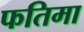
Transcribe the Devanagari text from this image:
फतिमा